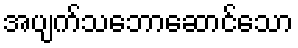
အပျက်သဘောဆောင်သော